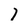
Character: 7